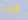
ارنب